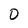
Character: O